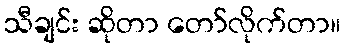
သီချင်း ဆိုတာ တော်လိုက်တာ။